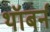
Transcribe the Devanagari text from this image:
थॉबर्न